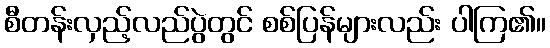
စီတန်းလှည့်လည်ပွဲတွင် စစ်ပြန်များလည်း ပါကြ၏။